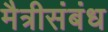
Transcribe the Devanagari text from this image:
मैत्रीसंबंध